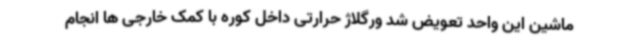
ماشین این واحد تعویض شد ورگلاژ حرارتی داخل کوره با کمک خارجی ها انجام